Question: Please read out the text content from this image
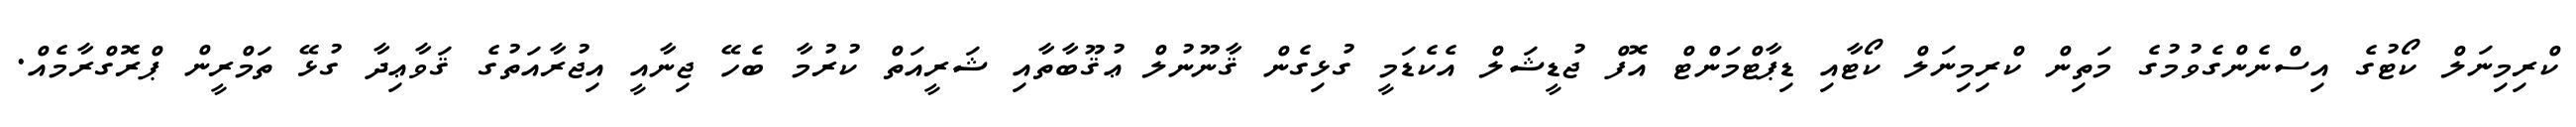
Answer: ކްރިމިނަލް ކޯޓުގެ އިސްނެންގެވުމުގެ މަތިން ކްރިމިނަލް ކޯޓާއި ޑިޕާޓްމަންޓް އޮފް ޖުޑީޝަލް އެކެޑަމީ ގުޅިގެން ޤާނޫނުލް ޢުޤޫބާތާއި ޝަރީއަތް ކުރުމާ ބެހޭ ޖިނާއީ އިޖުރާއަތުގެ ޤަވާޢިދާ ގުޅޭ ތަމްރީން ޕްރޮގްރާމެއް.